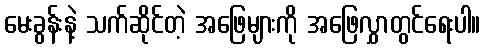
မေးခွန်းနဲ့ သက်ဆိုင်တဲ့ အဖြေများကို အဖြေလွှာတွင်ရေးပါ။